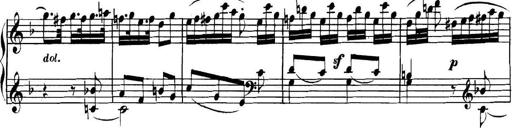
Title: Collected Piano Sonatas
Composer: Muzio Clementi